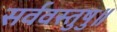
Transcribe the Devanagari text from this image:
सर्ववस्तुषु॥